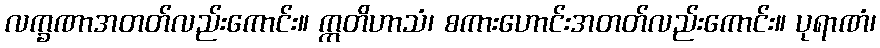
လက္ခဏာအတတ်လည်းကောင်း။ ဣတိဟာသံ၊ စကားဟောင်းအတတ်လည်းကောင်း။ ပုရာဏံ၊